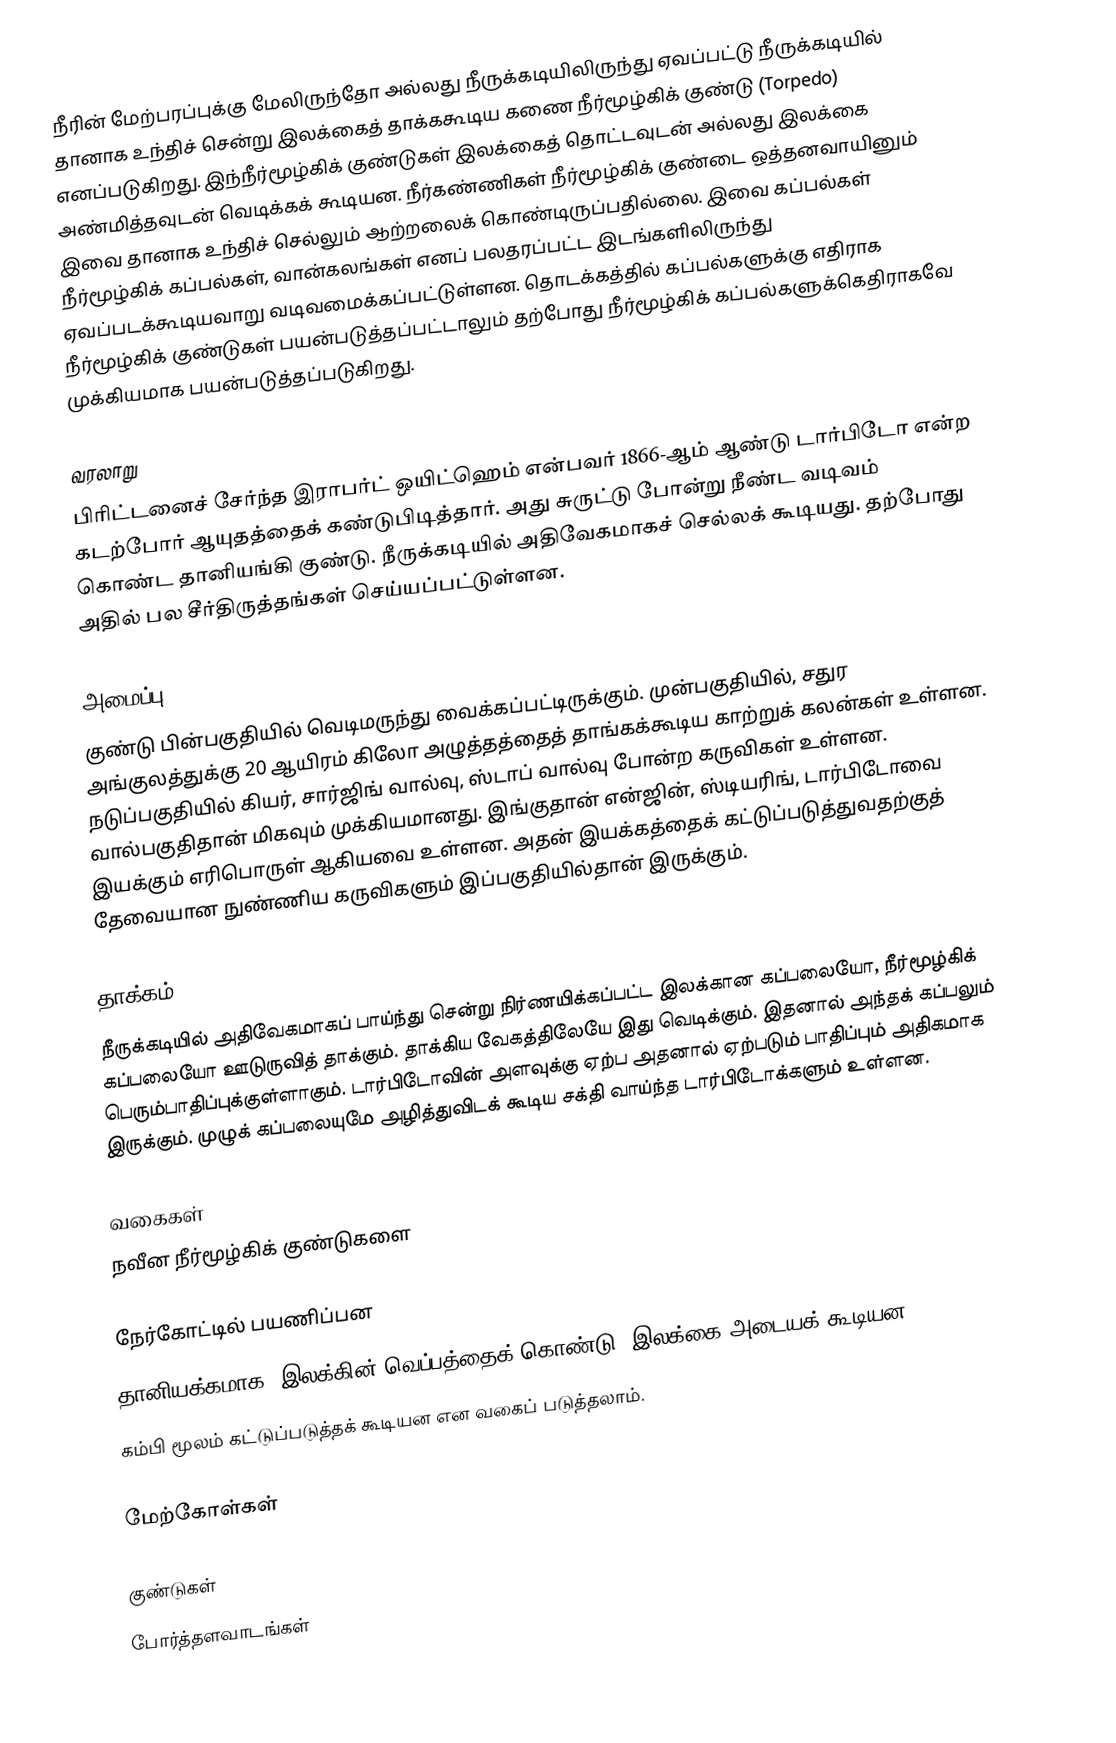
நீரின் மேற்பரப்புக்கு மேலிருந்தோ அல்லது நீருக்கடியிலிருந்து ஏவப்பட்டு நீருக்கடியில் தானாக உந்திச் சென்று இலக்கைத் தாக்ககூடிய கணை நீர்மூழ்கிக் குண்டு (Torpedo) எனப்படுகிறது. இந்நீர்மூழ்கிக் குண்டுகள் இலக்கைத் தொட்டவுடன் அல்லது இலக்கை அண்மித்தவுடன் வெடிக்கக் கூடியன.  நீர்கண்ணிகள் நீர்மூழ்கிக் குண்டை ஒத்தனவாயினும் இவை தானாக உந்திச் செல்லும் ஆற்றலைக் கொண்டிருப்பதில்லை. இவை கப்பல்கள் நீர்மூழ்கிக் கப்பல்கள், வான்கலங்கள் எனப் பலதரப்பட்ட இடங்களிலிருந்து ஏவப்படக்கூடியவாறு வடிவமைக்கப்பட்டுள்ளன. தொடக்கத்தில் கப்பல்களுக்கு எதிராக நீர்மூழ்கிக் குண்டுகள் பயன்படுத்தப்பட்டாலும் தற்போது நீர்மூழ்கிக் கப்பல்களுக்கெதிராகவே முக்கியமாக பயன்படுத்தப்படுகிறது.

வரலாறு
பிரிட்டனைச் சேர்ந்த இராபர்ட் ஒயிட்ஹெம் என்பவர் 1866-ஆம் ஆண்டு டார்பிடோ என்ற கடற்போர் ஆயுதத்தைக் கண்டுபிடித்தார். அது சுருட்டு போன்று நீண்ட வடிவம் கொண்ட தானியங்கி குண்டு. நீருக்கடியில் அதிவேகமாகச் செல்லக் கூடியது. தற்போது அதில் பல சீர்திருத்தங்கள் செய்யப்பட்டுள்ளன.

அமைப்பு
குண்டு பின்பகுதியில் வெடிமருந்து வைக்கப்பட்டிருக்கும். முன்பகுதியில், சதுர அங்குலத்துக்கு 20 ஆயிரம் கிலோ அழுத்தத்தைத் தாங்கக்கூடிய காற்றுக் கலன்கள் உள்ளன. நடுப்பகுதியில் கியர், சார்ஜிங் வால்வு, ஸ்டாப் வால்வு போன்ற கருவிகள் உள்ளன. வால்பகுதிதான் மிகவும் முக்கியமானது. இங்குதான் என்ஜின், ஸ்டியரிங், டார்பிடோவை இயக்கும் எரிபொருள் ஆகியவை உள்ளன. அதன் இயக்கத்தைக் கட்டுப்படுத்துவதற்குத் தேவையான நுண்ணிய கருவிகளும் இப்பகுதியில்தான் இருக்கும்.

தாக்கம்
நீருக்கடியில் அதிவேகமாகப் பாய்ந்து சென்று நிர்ணயிக்கப்பட்ட இலக்கான கப்பலையோ, நீர்மூழ்கிக் கப்பலையோ ஊடுருவித் தாக்கும். தாக்கிய வேகத்திலேயே இது வெடிக்கும். இதனால் அந்தக் கப்பலும் பெரும்பாதிப்புக்குள்ளாகும். டார்பிடோவின் அளவுக்கு ஏற்ப அதனால் ஏற்படும் பாதிப்பும் அதிகமாக இருக்கும். முழுக் கப்பலையுமே அழித்துவிடக் கூடிய சக்தி வாய்ந்த டார்பிடோக்களும் உள்ளன.

வகைகள்
நவீன நீர்மூழ்கிக் குண்டுகளை

 நேர்கோட்டில் பயணிப்பன
 தானியக்கமாக (இலக்கின் வெப்பத்தைக் கொண்டு) இலக்கை அடையக் கூடியன
 கம்பி மூலம் கட்டுப்படுத்தக் கூடியன என வகைப் படுத்தலாம்.

மேற்கோள்கள்

குண்டுகள்
போர்த்தளவாடங்கள்